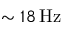
\sim 1 8 \, \mathrm { H z }